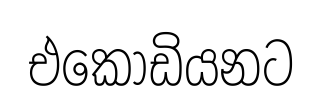
එකෝඩියනට